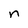
Character: n